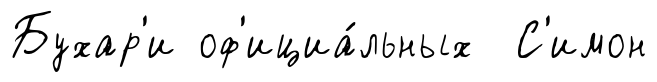
Бухар'и оф'ициа́льных С'имон